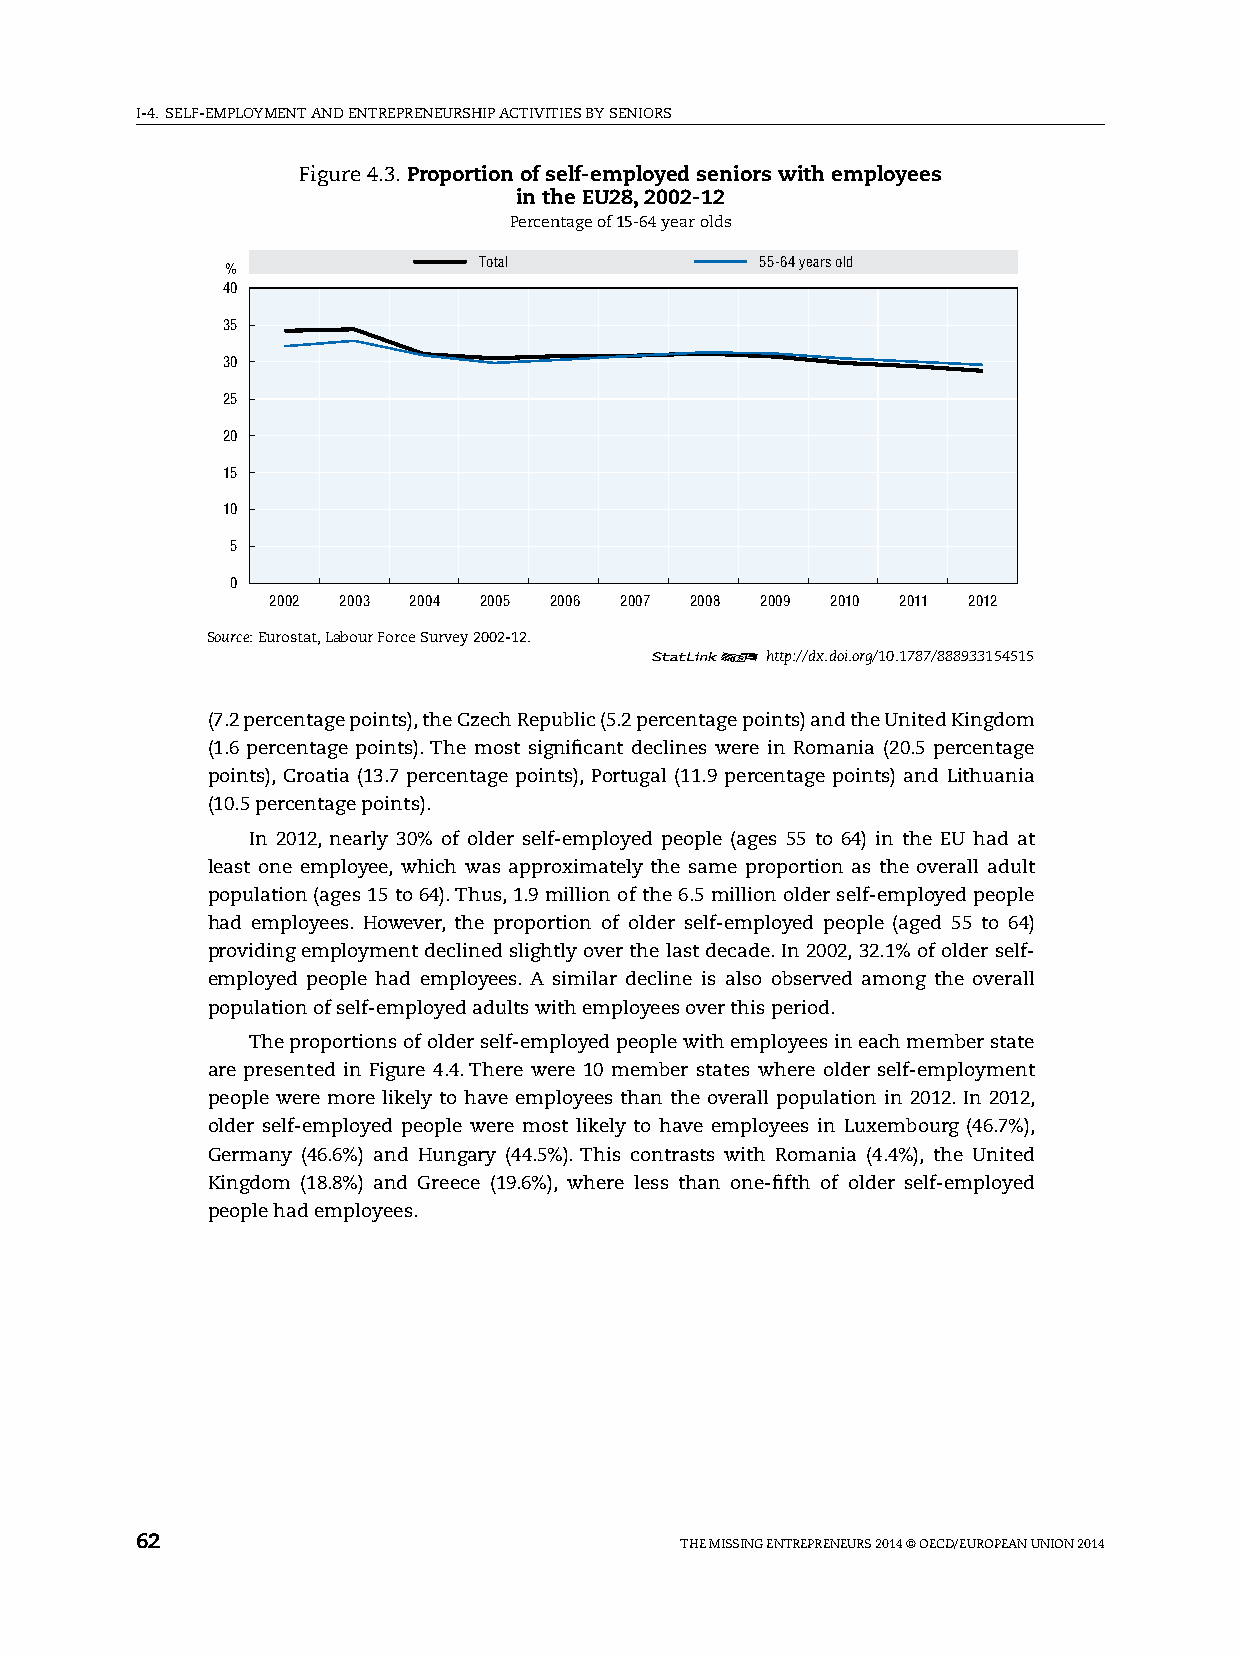
I-4. sElF-EMplOyMENT AND ENTREpRENEURshIp ACTIvITIEs By sENIORs
 Figure 4.3. Proportion of self-employed seniors with employees
 in the EU28, 2002-12
 percentage of 15-64 year olds
 Total             55-64 years old
 %
 40
 35
 30
 25
 20
 15
 10
 5
 0
 2002 2003 2004 2005 2006 2007 2008 2009 2010 2011 2012
 Source: Eurostat, labour Force survey 2002-12.
 12      http://dx.doi.org/10.1787/888933154515
 (7.2 percentage points), the Czech Republic (5.2 percentage points) and the United Kingdom
 (1.6 percentage points). The most significant declines were in Romania (20.5 percentage
 points), Croatia (13.7 percentage points), portugal (11.9 percentage points) and lithuania
 (10.5 percentage points).
 In 2012, nearly 30% of older self-employed people (ages 55 to 64) in the EU had at
 least one employee, which was approximately the same proportion as the overall adult
 population (ages 15 to 64). Thus, 1.9 million of the 6.5 million older self-employed people
 had employees. however, the proportion of older self-employed people (aged 55 to 64)
 providing employment declined slightly over the last decade. In 2002, 32.1% of older self-
 employed people had employees. A similar decline is also observed among the overall
 population of self-employed adults with employees over this period.
 The proportions of older self-employed people with employees in each member state
 are presented in Figure 4.4. There were 10 member states where older self-employment
 people were more likely to have employees than the overall population in 2012. In 2012,
 older self-employed people were most likely to have employees in luxembourg (46.7%),
 Germany (46.6%) and hungary (44.5%). This contrasts with Romania (4.4%), the United
 Kingdom (18.8%) and Greece (19.6%), where less than one-fifth of older self-employed
 people had employees.
 62                                  ThE MIssING ENTREpRENEURs 2014 © OECD/EUROpEAN UNION 2014